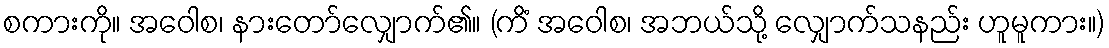
စကားကို။ အဝေါစ၊ နားတော်လျှောက်၏။ (ကိံ အဝေါစ၊ အဘယ်သို့ လျှောက်သနည်း ဟူမူကား။)